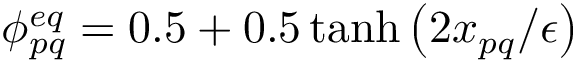
\phi _ { p q } ^ { e q } = 0 . 5 + 0 . 5 \operatorname { t a n h } \left( 2 x _ { p q } / \epsilon \right)